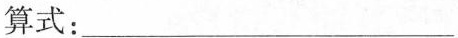
算式：___